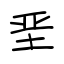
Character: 垩